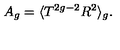
A _ { g } = \langle T ^ { 2 g - 2 } R ^ { 2 } \rangle _ { g } { } .